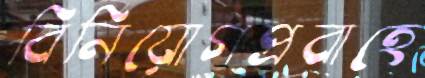
বিনিয়োগপ্রবাহে